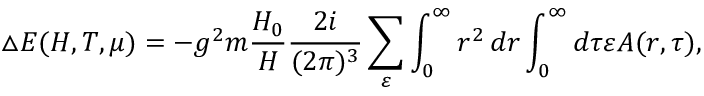
\triangle E ( H , T , \mu ) = - g ^ { 2 } m \frac { H _ { 0 } } H \frac { 2 i } { ( 2 \pi ) ^ { 3 } } \sum _ { \varepsilon } \int _ { 0 } ^ { \infty } r ^ { 2 } \, d r \int _ { 0 } ^ { \infty } d \tau \varepsilon A ( r , \tau ) ,